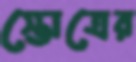
স্তোত্রের